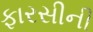
ફારસીની